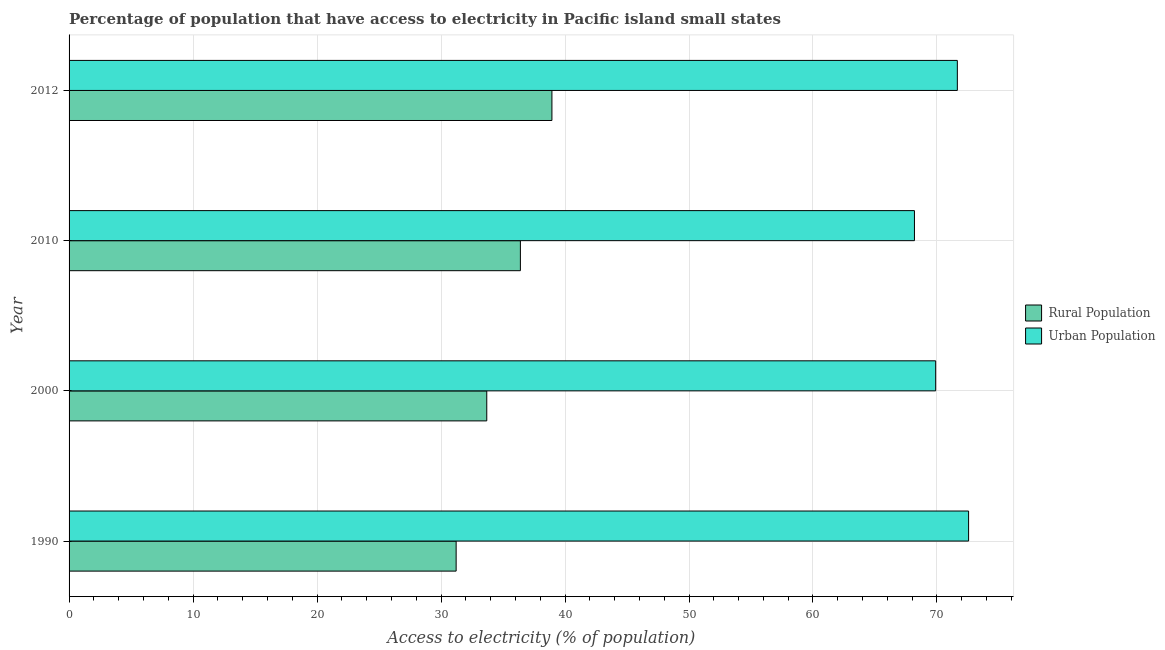
| Year | Rural Population | Urban Population |
 | --- | --- | --- |
 | 1990 | 31.2 | 72.6 |
 | 2000 | 33.7 | 69.9 |
 | 2010 | 36.4 | 68.2 |
 | 2012 | 38.9 | 71.6 |